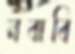
নবাবি